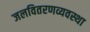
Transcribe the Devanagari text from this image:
जलवितरणव्यवस्था